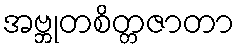
အဗ္ဘုတစိတ္တဇာတာ